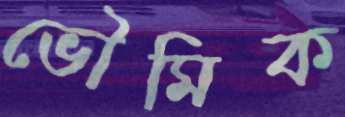
ভৌমিক